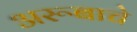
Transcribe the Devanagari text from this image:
अरूबाचे